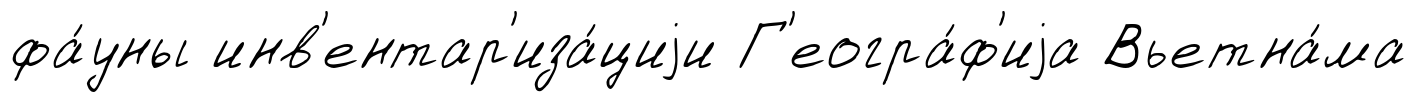
фа́уны инв'ентар'иза́циjи Г'еогра́ф'иjа Вьетна́ма